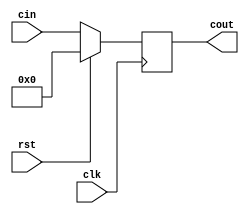
`timescale 1ns / 1ps
//////////////////////////////////////////////////////////////////////////////////
// Company: 
// Engineer: 
// 
// Design Name: 
// Module Name: flopr
// Project Name: 
// Target Devices: 
// Tool Versions: 
// Description: 
// 
// Dependencies: 
// 
// Revision:
// Revision 0.01 - File Created
// Additional Comments:
// 
//////////////////////////////////////////////////////////////////////////////////


module flopr #(parameter WIDTH = 8)(
	input wire clk,rst,
	input wire[WIDTH-1:0] cin,
	output reg[WIDTH-1:0] cout
    );
	always @(posedge clk) begin
		if (rst) begin
			// reset
			cout <= 0;
		end
		else begin
			cout <= cin;
		end
	end
endmodule